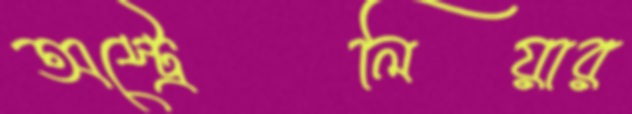
অস্ট্রেলিয়ার